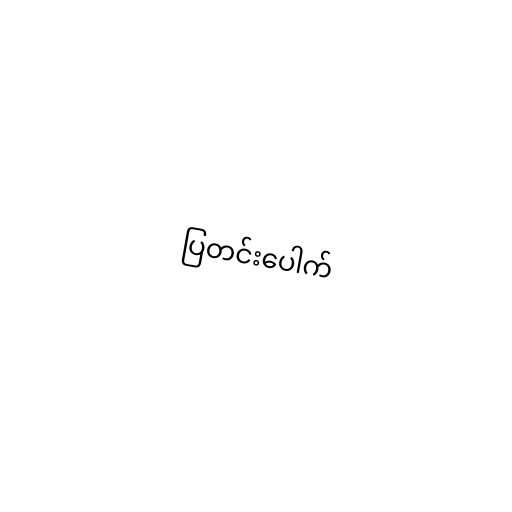
ပြတင်းပေါက်